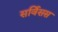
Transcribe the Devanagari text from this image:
सर्विसस